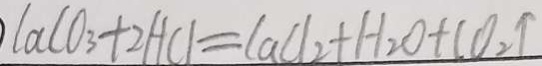
C a C O _ { 3 } + 2 H C l = C a C l _ { 2 } + H _ { 2 } O + C O _ { 2 } \uparrow